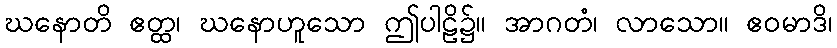
ဃနောတိ ဧတ္ထ၊ ဃနောဟူသော ဤပါဠိ၌။ အာဂတံ၊ လာသော။ ဧဝမာဒိ၊